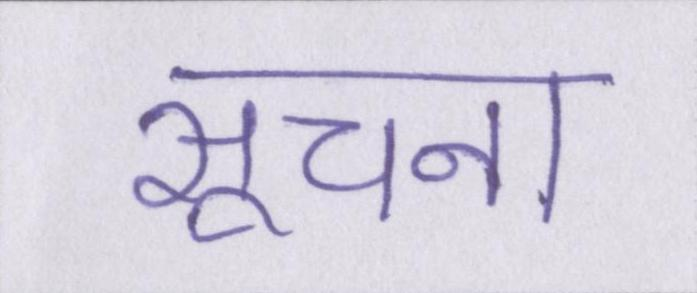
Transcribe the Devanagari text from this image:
सूचना